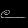
Digit: ၉